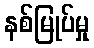
နစ်မြုပ်မှု